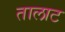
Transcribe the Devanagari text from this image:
तालाट